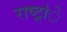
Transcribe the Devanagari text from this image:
राष्ट्रांे